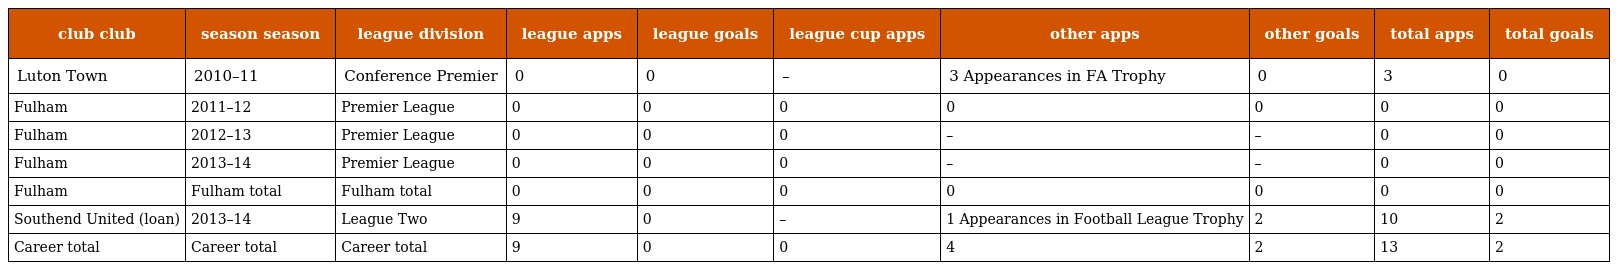
| club club | season season | league division | league apps | league goals | league cup apps | other apps | other goals | total apps | total goals |
 | --- | --- | --- | --- | --- | --- | --- | --- | --- | --- |
 | Luton Town | 2010–11 | Conference Premier | 0 | 0 | – | 3 Appearances in FA Trophy | 0 | 3 | 0 |
 | Fulham | 2011–12 | Premier League | 0 | 0 | 0 | 0 | 0 | 0 | 0 |
 | Fulham | 2012–13 | Premier League | 0 | 0 | 0 | – | – | 0 | 0 |
 | Fulham | 2013–14 | Premier League | 0 | 0 | 0 | – | – | 0 | 0 |
 | Fulham | Fulham total | Fulham total | 0 | 0 | 0 | 0 | 0 | 0 | 0 |
 | Southend United (loan) | 2013–14 | League Two | 9 | 0 | – | 1 Appearances in Football League Trophy | 2 | 10 | 2 |
 | Career total | Career total | Career total | 9 | 0 | 0 | 4 | 2 | 13 | 2 |